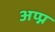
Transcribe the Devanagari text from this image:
अप्प्न